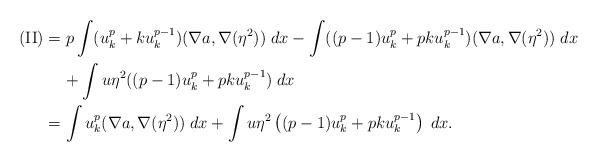
LaTeX: \begin{align*} \textnormal{(II)} & = p\int (u_k^p+ku_k^{p-1}) (\nabla a,\nabla (\eta^2))\;dx-\int ((p-1)u_k^p+pku_k^{p-1}) (\nabla a,\nabla (\eta^2))\;dx\\ & \;\;\;\;+\int u \eta^2 ((p-1)u_k^p+pku_k^{p-1}) \;dx\\ & = \int u_k^p (\nabla a,\nabla (\eta^2))\;dx+\int u\eta^2 \left ( (p-1)u_k^p+pku_k^{p-1} \right )\;dx. \end{align*}